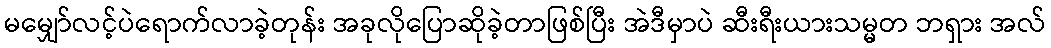
မမျှော်လင့်ပဲရောက်လာခဲ့တုန်း အခုလိုပြောဆိုခဲ့တာဖြစ်ပြီး အဲဒီမှာပဲ ဆီးရီးယားသမ္မတ ဘရှား အလ်